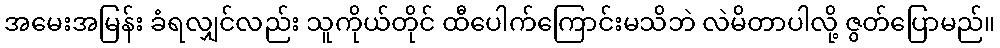
အမေးအမြန်း ခံရလျှင်လည်း သူကိုယ်တိုင် ထီပေါက်ကြောင်းမသိဘဲ လဲမိတာပါလို့ ဇွတ်ပြောမည်။